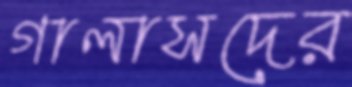
গালাসদের